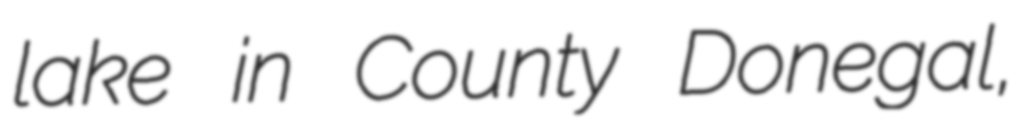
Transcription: lake in County Donegal,